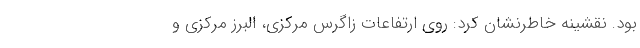
بود. نقشینه خاطرنشان کرد: روی ارتفاعات زاگرس مرکزی، البرز مرکزی و